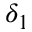
\delta _ { 1 }